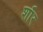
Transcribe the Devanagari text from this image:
शाॅर